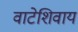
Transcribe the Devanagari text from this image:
वाटेशिवाय